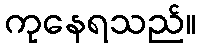
ကုနေရသည်။